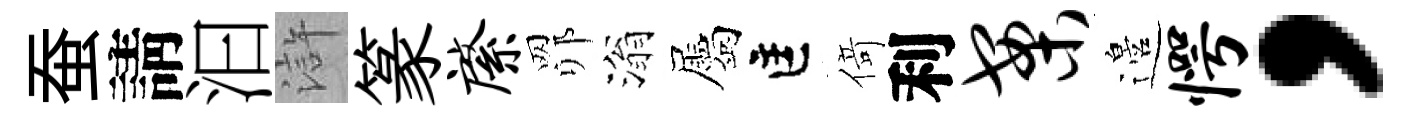
蚕請汩滸篆綮𦊑滃屬匡𠋣利案邉愕，